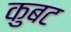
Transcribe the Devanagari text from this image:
कुबट